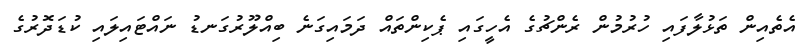
އެތެއިން ތަޅުލާފައި ހުރުމުން ރެންޗުގެ އެހީގައި ޕެކިންތައް ދަމައިގަނެ ބިއްލޫރުގަނޑު ނައްޓައިލައި ކުޑަދޮރުގެ